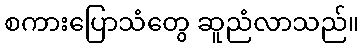
စကားပြောသံတွေ ဆူညံလာသည်။